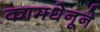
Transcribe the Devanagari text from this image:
कामधेनूने